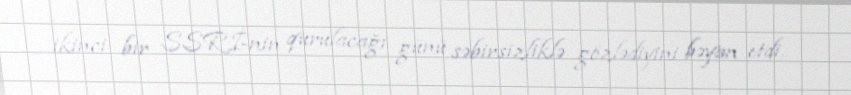
ikinci bir SSRİ-nin qurulacağı günü səbirsizliklə gözlədiyini bəyan etdi.